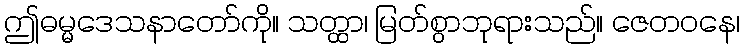
ဤဓမ္မဒေသနာတော်ကို။ သတ္ထာ၊ မြတ်စွာဘုရားသည်။ ဇေတဝနေ၊